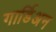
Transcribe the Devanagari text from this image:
गार्डिअन